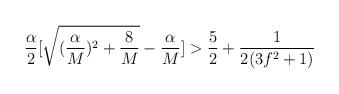
LaTeX: \begin{align*}\frac{\alpha}{2}[\sqrt{(\frac{\alpha}{M})^2 + \frac{8}{M}}-\frac{\alpha}{M}] > \frac{5}{2} + \frac{1}{2(3f^2+1)}\end{align*}